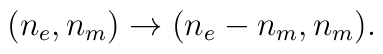
(n_{e},n_{m}) \rightarrow (n_{e}-n_{m},n_{m}).